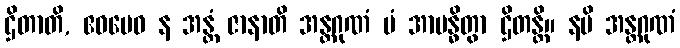
ဌိတာတိ, ဧဝမေဝ န အန္တံ ဇာနာတိ အန္တဂုဏံ မံ အာဗန္ဓိတွာ ဌိတန္တိ။ နပိ အန္တဂုဏံ